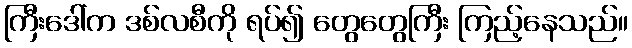
ကြီးဒေါ်က ဒစ်လစီကို ရပ်၍ တွေတွေကြီး ကြည့်နေသည်။